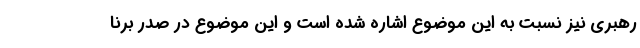
رهبری نیز نسبت به این موضوع اشاره شده است و این موضوع در صدر برنا